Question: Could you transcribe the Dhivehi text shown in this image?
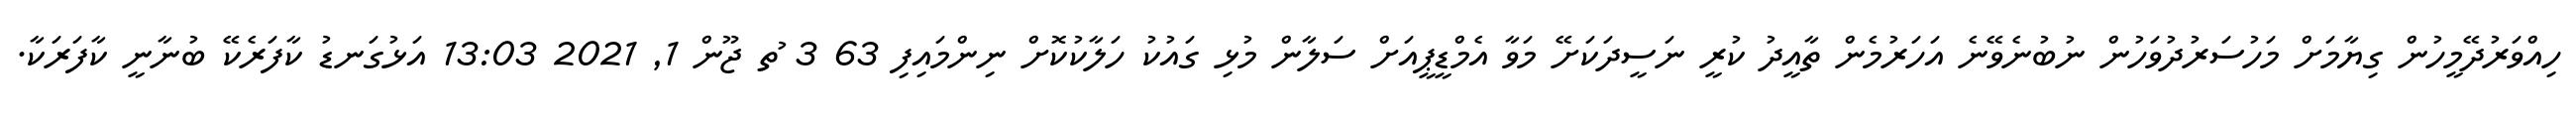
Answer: ހިއްވަރުދޭމީހުން ގިޔާމަށް މަހުސަރުދުވަހުން ނުބުނެވޭނެ އަހަރުމެން ތާއީދު ކުރީ ނަސީދަކަށޭ މަވާ އެމްޑީޕީއަށް ސަލާން މުޅި ގައުކު ހަލާކުކޮށް ނިންމައިފި 63 3 ުތ ޖޫން 1, 2021 13:03 އަޅުގަނޑު ކާފަރެކޭ ބުނާނީ ކާފަރަކާ.